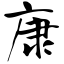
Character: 康